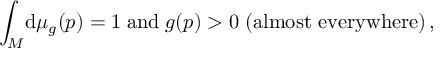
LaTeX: \int _ { M } \! \mathrm { d } \mu _ { g } ( p ) = 1 \; \mathrm { a n d } \; g ( p ) > 0 \; \mathrm { ( a l m o s t ~ e v e r y w h e r e ) } \, ,